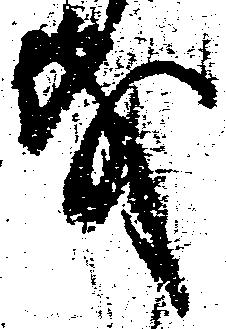
文